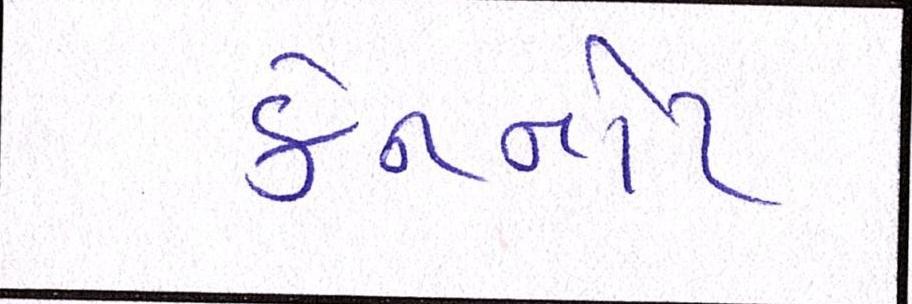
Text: કેનનોટ